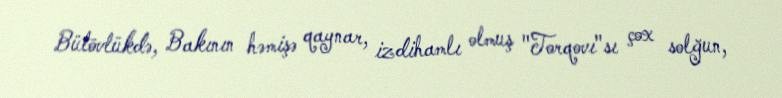
Bütövlükdə, Bakının həmişə qaynar, izdihamlı olmuş "Torqovı"sı çox solğun,